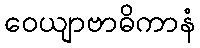
ဝေယျာဗာဓိကာနံ